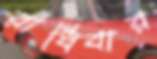
রাঁধিবার